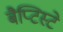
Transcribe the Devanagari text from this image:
बैप्टिस्टे